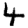
Digit: 4